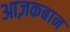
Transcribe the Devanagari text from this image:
आज़कबान